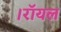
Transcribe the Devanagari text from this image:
।रॉयल